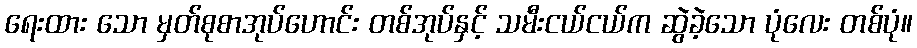
ရေးထား သော မှတ်စုစာအုပ်ဟောင်း တစ်အုပ်နှင့် သမီးငယ်ငယ်က ဆွဲခဲ့သော ပုံလေး တစ်ပုံ။